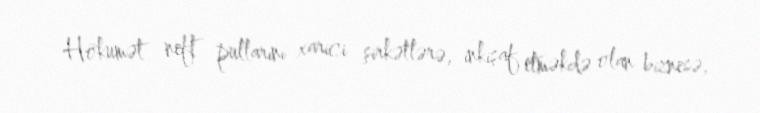
Hökumət neft pullarını xarici şirkətlərə, inkişaf etməkdə olan biznesə,